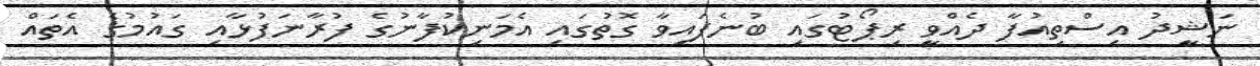
ނަޝީދު އިސްތިއުފާ ދެއްވީ ރިޕޯޓުގައި ބުނެފައިވާ ގޮތުގައި އެމަނިކުފާނުގެ ފުރާނަފުޅާއި ގައުމުގެ އެތައް